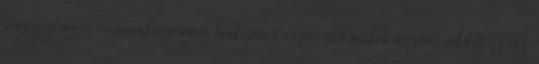
anyagigényes és munkaigényes hadiipari exporttermékek között, addig ez az